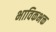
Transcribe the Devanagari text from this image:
भाविकभक्त